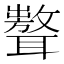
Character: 𦗷